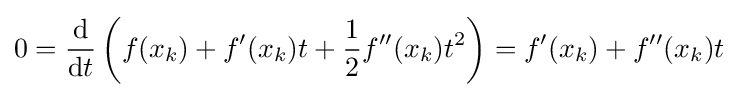
\displaystyle 0={\frac {\rm {d}}{{\rm {d}}t}}\left(f(x_{k})+f'(x_{k})t+{\frac {1}{2}}f''(x_{k})t^{2}\right)=f'(x_{k})+f''(x_{k})t